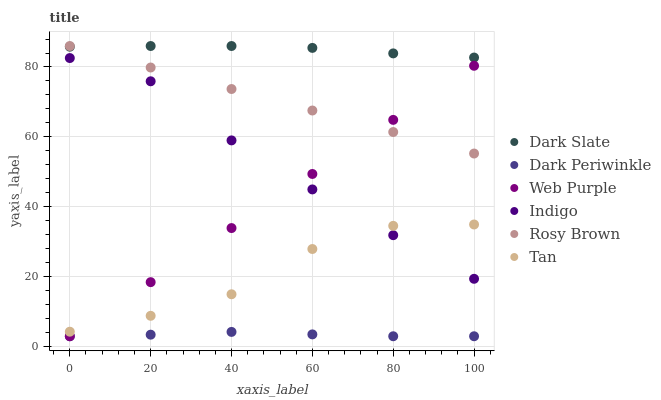
| xaxis_label | Dark Slate | Dark Periwinkle | Web Purple | Indigo | Rosy Brown | Tan |
 | --- | --- | --- | --- | --- | --- | --- |
 | 0 | 85.8 | 3 | 3 | 82.6 | 86 | 4.3 |
 | 20 | 86 | 3.45 | 18.5 | 75.9 | 79.9 | 8.85 |
 | 40 | 86 | 4.24 | 33.9 | 59 | 73.7 | 15 |
 | 60 | 85.5 | 3.53 | 49.4 | 45 | 67.6 | 27.9 |
 | 80 | 83.9 | 3 | 64.9 | 31.9 | 61.4 | 34.6 |
 | 100 | 82.7 | 3 | 80.3 | 19.4 | 55.3 | 35 |